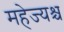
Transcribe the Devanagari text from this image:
महेज्यश्च